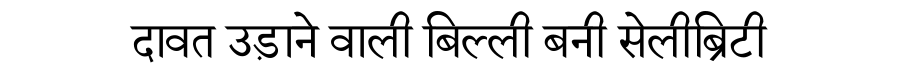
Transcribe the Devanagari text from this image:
दावत उड़ाने वाली बिल्ली बनी सेलीब्रिटी